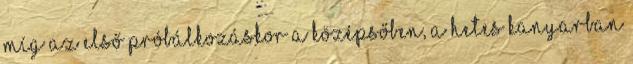
míg az első próbálkozáskor a középsőben, a hetes kanyarban